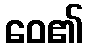
ဝေ၏